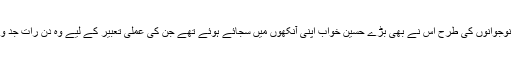
دیگر ہم عمر نوجوانوں کی طرح اس نے بھی بڑے حسین خواب اپنی آنکھوں میں سجائے ہوئے تھے جن کی عملی تعبیر کے لیے وہ دن رات جد و جہد کرتا تھا۔